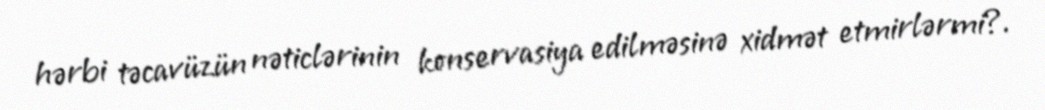
hərbi təcavüzün nəticlərinin konservasiya edilməsinə xidmət etmirlərmi?.